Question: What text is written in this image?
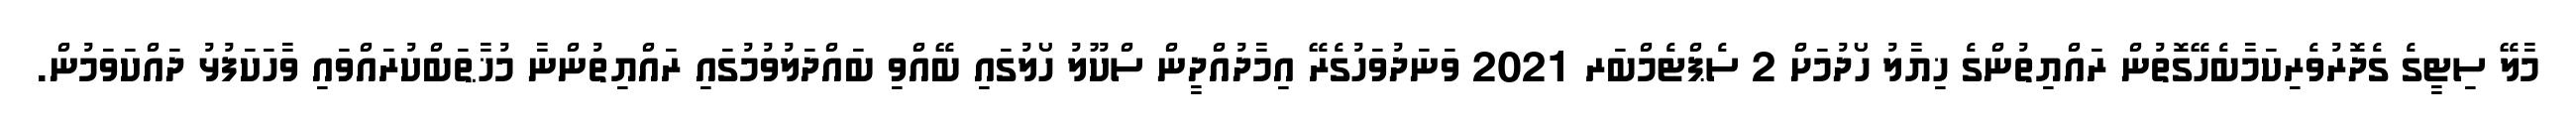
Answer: މާލޭ ސިޓީގެ ގެދޮރުވެރިކަމާބެހޭގޮތުން ރައްޔިތުންގެ ޚިޔާލު ހޯދުމަށް 2 ސެޕްޓެމްބަރ 2021 ވަނަދުވަހުގެރޭ އިމާދުއްދީން ސްކޫލު ހޯލުގައި ބޭއްވި ބައްދަލުވުމުގައި ރައްޔިތުންނާ މުޚާޠަބްކުރައްވައި ވާހަކަފުޅު ދައްކަވަމުން.